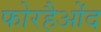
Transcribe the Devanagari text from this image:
फोरहैओंद